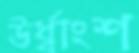
ঊর্ধ্বাংশ